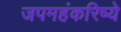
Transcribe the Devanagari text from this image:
जपमहंकरिष्ये